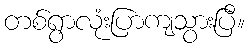
တစ်ရွာလုံးပြာကျသွားပြီ။